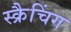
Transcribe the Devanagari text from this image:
स्क्रैचिंग